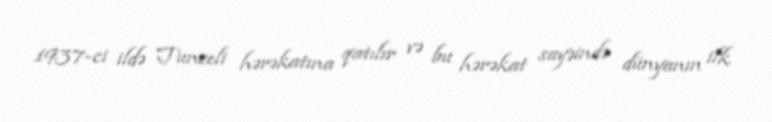
1937-ci ildə Tunceli hərəkatına qatılır və bu hərəkat sayəində dünyanın ilk